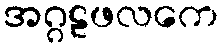
အဂ္ဂဠဖလကေ